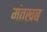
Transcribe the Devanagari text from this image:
मंतख़ब